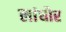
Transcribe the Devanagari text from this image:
लांधौर